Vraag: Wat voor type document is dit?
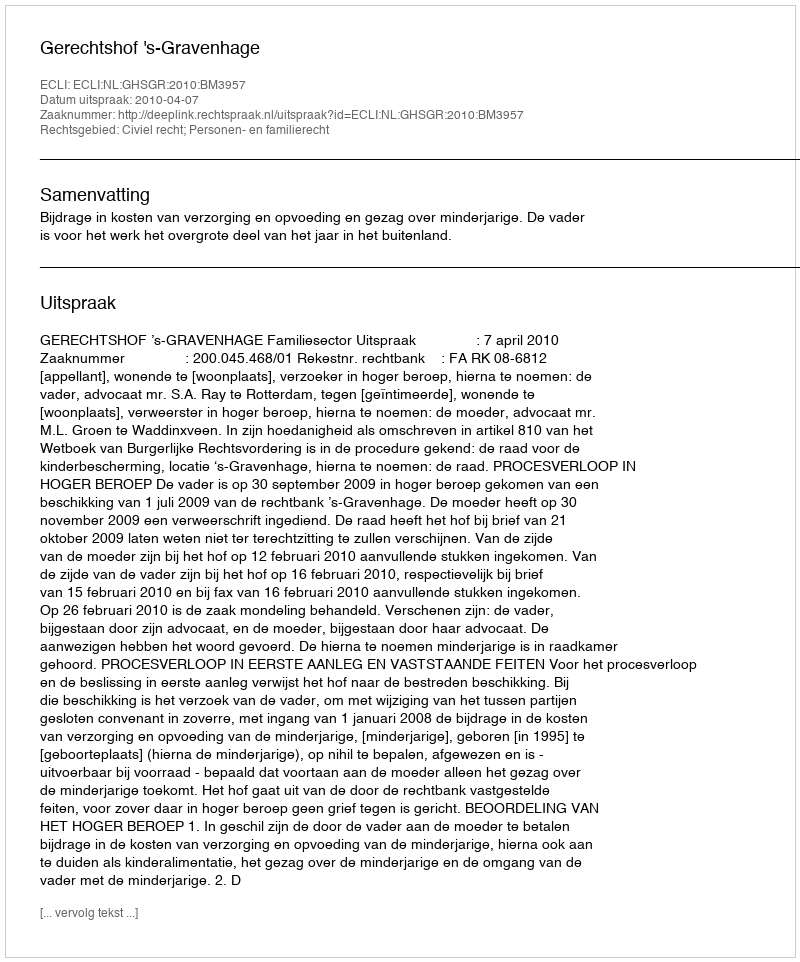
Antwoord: Uitspraak